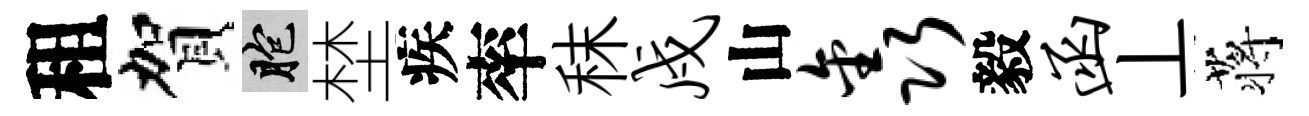
租賀胞埜疾率秣戍山鑫毅函丄蒋